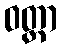
ဝတ္ထာ